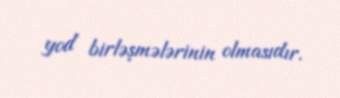
yod birləşmələrinin olmasıdır.